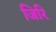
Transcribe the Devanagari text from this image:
जिरि